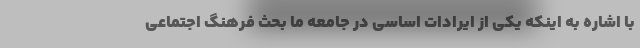
با اشاره به اینکه یکی از ایرادات اساسی در جامعه ما بحث فرهنگ اجتماعی